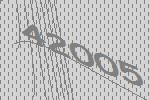
42005